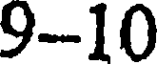
9-10